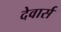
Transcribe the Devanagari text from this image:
देवार्स